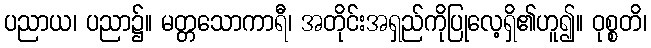
ပညာယ၊ ပညာ၌။ မတ္တသောကာရီ၊ အတိုင်းအရှည်ကိုပြုလေ့ရှိ၏ဟူ၍။ ဝုစ္စတိ၊